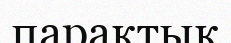
парақтық